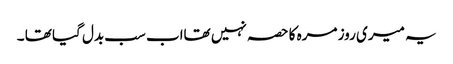
یہ میری روز مرہ کا حصہ نہیں تھااب سب بدل گیا تھا ۔